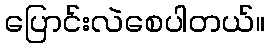
ပြောင်းလဲစေပါတယ်။